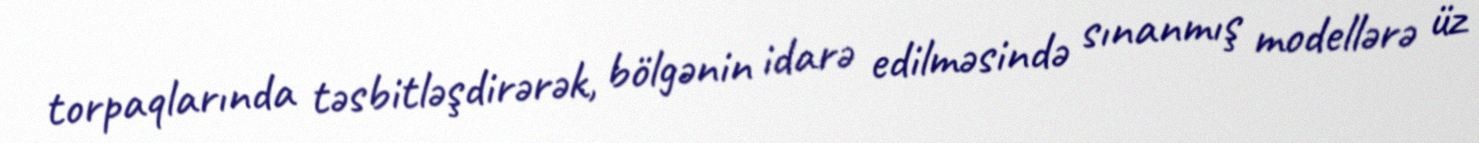
torpaqlarında təsbitləşdirərək, bölgənin idarə edilməsində sınanmış modellərə üz